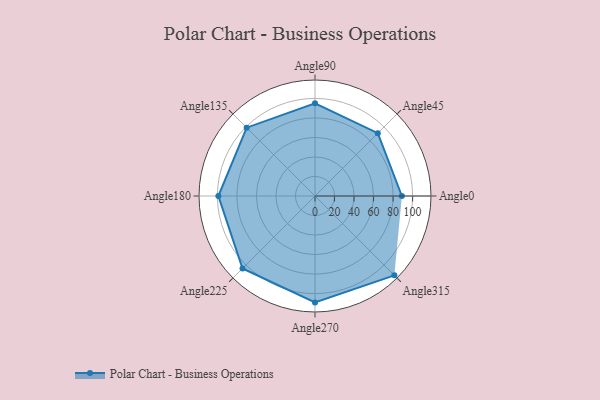
{"axis": {"x": "Angle", "y": "Radius"}, "legend": [""], "data": [{"x": "Angle0", "y": 89.0, "type": ""}, {"x": "Angle45", "y": 91.0, "type": ""}, {"x": "Angle90", "y": 95.0, "type": ""}, {"x": "Angle135", "y": 99.0, "type": ""}, {"x": "Angle180", "y": 99.0, "type": ""}, {"x": "Angle225", "y": 105.0, "type": ""}, {"x": "Angle270", "y": 109.0, "type": ""}, {"x": "Angle315", "y": 115.0, "type": ""}]}